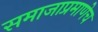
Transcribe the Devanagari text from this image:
समाजाप्रमाणेच